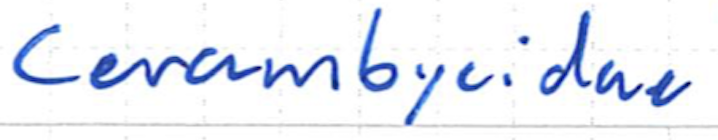
Text: Cerambycidae
Cross-out: clean
Writing tool: ballpoint